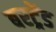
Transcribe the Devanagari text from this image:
बरट्रेंड